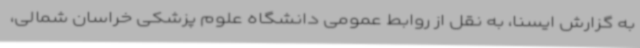
به گزارش ایسنا، به نقل از روابط عمومی دانشگاه علوم پزشکی خراسان شمالی،